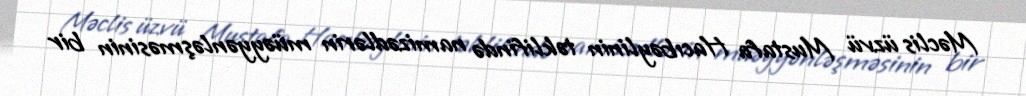
Məclis üzvü Mustafa Hacıbəylinin təklifində namizədlərin müəyyənləşməsinin bir